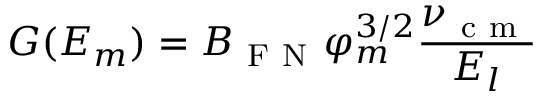
G ( { \cal E } _ { m } ) = B _ { \mathrm { ~ F ~ N ~ } } \varphi _ { m } ^ { 3 / 2 } \frac { \nu _ { \mathrm { ~ c ~ m ~ } } } { E _ { l } }